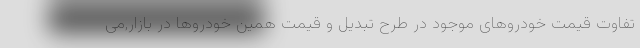
تفاوت قیمت خودروهای موجود در طرح تبدیل و قیمت همین خودروها در بازار,می